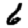
Digit: 6